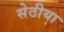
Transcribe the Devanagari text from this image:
सेठीया